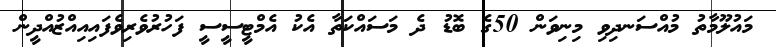
މައުލޫމާތު މުއްސަނދިވި މިނިވަން 50ގެ ބޮޑު ދެ މަސައްކަތާ އެކު އެމްޓީސީސީ ފަހުރުވެރިވެފައިއިއްޒުއްދީން